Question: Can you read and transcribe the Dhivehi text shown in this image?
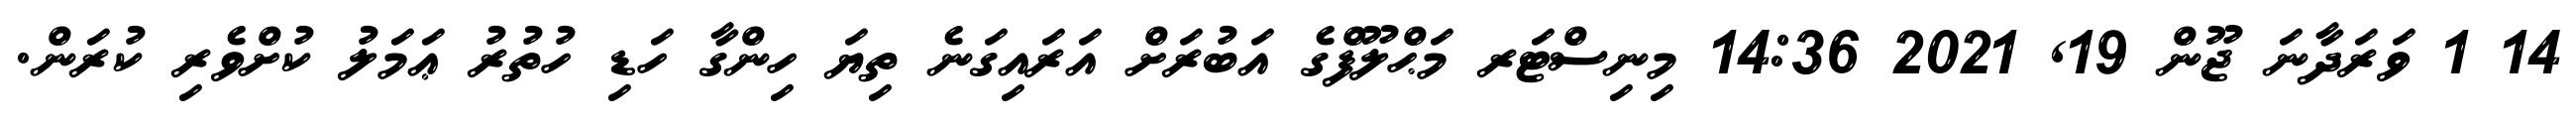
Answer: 14 1 ވަރަދާނަ ޖޫން 19, 2021 14:36 މިނިސްޓަރ މަޙްލޫފްގެ އަބުރަށް އަރައިގަނެ ތިޔަ ހިންގާ ހަޑި ހުތުރު ޢަމަލު ކުށްވެރި ކުރަން.